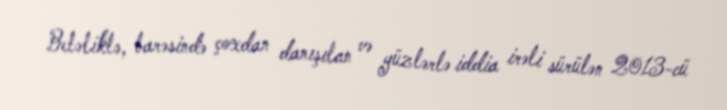
Beləliklə, barəsində çoxdan danışılan və yüzlərlə iddia irəli sürülən 2013-cü